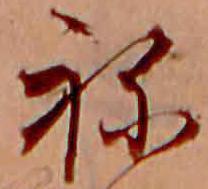
ね